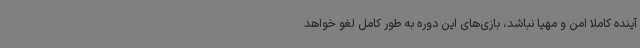
آینده کاملا امن و مهیا نباشد، بازی‌های این دوره به‌ طور کامل لغو خواهد